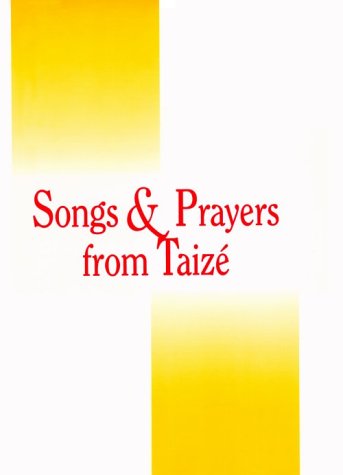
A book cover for Songs and Prayers from Taize: Accompaniment Edition for Cantor & Instruments; Taize; Religion & Spirituality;